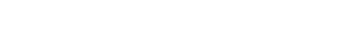
သို့ရာတွင် ကြီးဒေါ်က မျက်ရည်များကို သုတ်ခြင်း မပြုတော့။